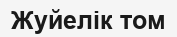
Жуйелік том